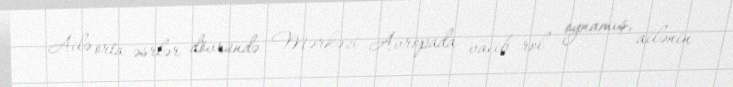
Ailə orta əsrlər dövründə Mərkəzi Avropada vacib rol oynamış, ailənin